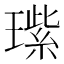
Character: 𬎏